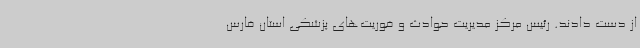
از دست دادند. رئیس مرکز مدیریت حوادث و فوریت‌های پزشکی استان فارس